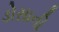
ડોસાની